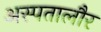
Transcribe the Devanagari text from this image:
अस्पतालौर